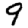
Digit: 9